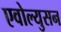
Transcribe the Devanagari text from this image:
एवोल्युसन